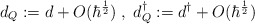
\begin{align*}d_Q := d + O(\hbar^{\frac{1}{2}}) \;, \; d_Q ^{\dagger} := d^{\dagger} + O(\hbar^{\frac{1}{2}})\end{align*}